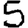
Digit: 5